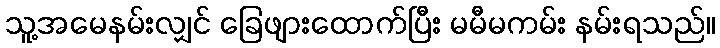
သူ့အမေနမ်းလျှင် ခြေဖျားထောက်ပြီး မမီမကမ်း နမ်းရသည်။